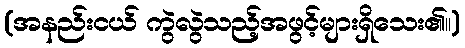
(အနည်းငယ် ကွဲလွဲသည့်အဖွင့်များရှိသေး၏။)